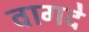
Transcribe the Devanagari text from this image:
वागदे